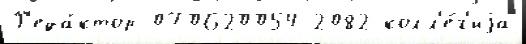
Р'еда́ктор 070620054 2082 колл'е́г'иjа